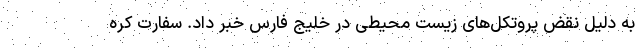
به دلیل نقض پروتکل‌های زیست‌ محیطی در خلیج فارس خبر داد. سفارت کره